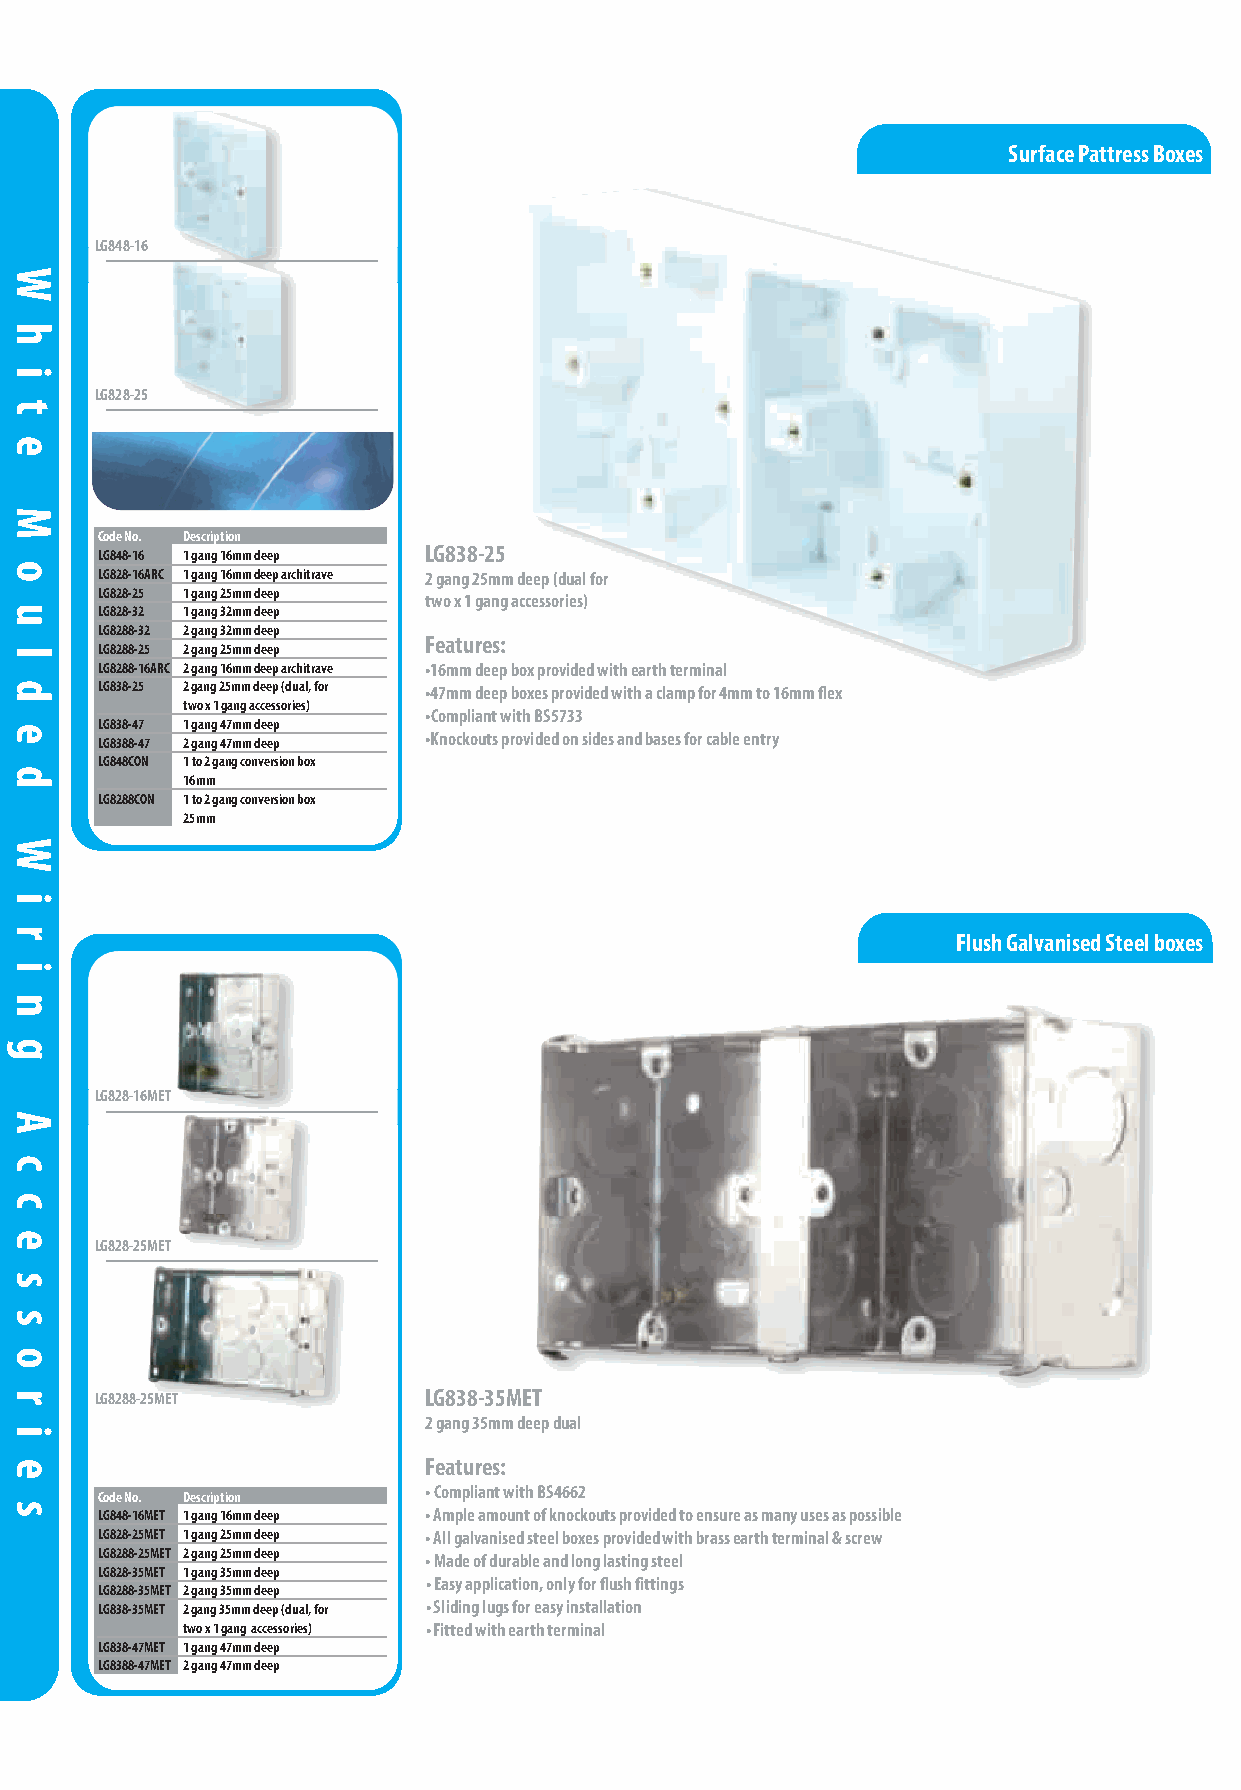
White Moulded Wiring Accessories
 Surface Pattress Boxes
 LG848-16
 LG828-25
 Code No. Description
 LG838-25
 LG848-16 1 gang 16mm deep
 LG828-16ARC 1 gang 16mm deep architrave 2 gang 25mm deep (dual for
 LG828-25 1 gang 25mm deep
 two x 1 gang accessories)
 LG828-32 1 gang 32mm deep
 LG8288-32 2 gang 32mm deep
 Features:
 LG8288-25 2 gang 25mm deep
 LG8288-16ARC 2 gang 16mm deep architrave •16mm deep box provided with earth terminal
 LG838-25 2 gang 25mm deep (dual, for •47mm deep boxes provided with a clamp for 4mm to 16mm flex
 two x 1 gang accessories)
 •Compliant with BS5733
 LG838-47 1 gang 47mm deep
 LG8388-47 2 gang 47mm deep •Knockouts provided on sides and bases for cable entry
 LG848CON 1 to 2 gang conversion box
 16mm
 LG8288CON 1 to 2 gang conversion box
 25mm
 Flush Galvanised Steel boxes
 LG828-16MET
 LG828-25MET
 LG8288-25MET          LG838-35MET
 2 gang 35mm deep dual
 Features:
 • Compliant with BS4662
 Code No. Description
 LG848-16MET 1 gang 16mm deep • Ample amount of knockouts provided to ensure as many uses as possible
 LG828-25MET 1 gang 25mm deep • All galvanised steel boxes provided with brass earth terminal & screw
 LG8288-25MET 2 gang 25mm deep • Made of durable and long lasting steel
 LG828-35MET 1 gang 35mm deep
 • Easy application, only for flush fittings
 LG8288-35MET 2 gang 35mm deep
 LG838-35MET 2 gang 35mm deep (dual, for • Sliding lugs for easy installation
 two x 1 gang accessories) • Fitted with earth terminal
 LG838-47MET 1 gang 47mm deep
 LG8388-47MET 2 gang 47mm deep
 18   call to order +44 (0)161 745 7777 fax to order +44 (0)161 745 2777 email: sales@selectricuk.co.uk website: www.selectricuk.co.uk
 W
 h
 i
 t
 e
 M
 o
 u
 l
 d
 e
 d
 W
 i
 r
 i
 n
 g
 A
 c
 c
 e
 s
 s
 o
 r
 i
 e
 s